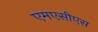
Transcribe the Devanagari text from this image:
एमएसीएस